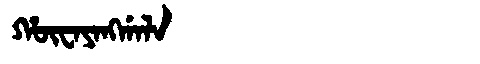
Manchu: ᡥᡡᠸᠠᠶᠠᠩᡤᠠᠯᠠ
Romanization: HŪWAYANGGALA